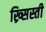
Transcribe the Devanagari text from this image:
ख्र्सिस्ती